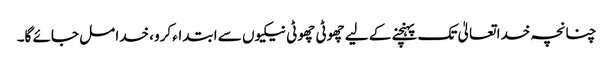
چنانچہ خدا تعالیٰ تک پہنچنے کے لیے چھوٹی چھوٹی نیکیوں سے ابتداء کرو، خدا مل جائے گا۔